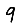
Digit: 9